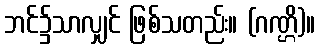
ဘင်၌သာလျှင် ဖြစ်သတည်း။ (ဂဏ္ဌိ)။